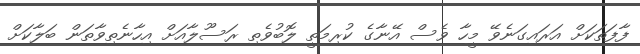
ފާފަތަކަށް އަރައިގަނެވޭ މީހާ ވެސް އޭނާގެ ކުރިމަތީ ލޮބުވެތި ރަސޫލާއަށް އިހާނެތިވާތަން ބަލާކަށް